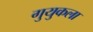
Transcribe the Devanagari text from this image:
गुयुकला